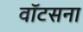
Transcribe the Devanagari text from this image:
वॉटसना